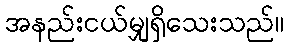
အနည်းငယ်မျှရှိသေးသည်။